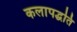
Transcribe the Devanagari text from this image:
कलापद्धति